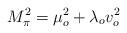
LaTeX: \begin{align*}M_{\pi }^{2}=\mu _{o}^{2}+\lambda _{o}v_{o}^{2} \end{align*}